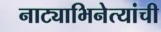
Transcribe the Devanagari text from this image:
नाट्याभिनेत्यांची